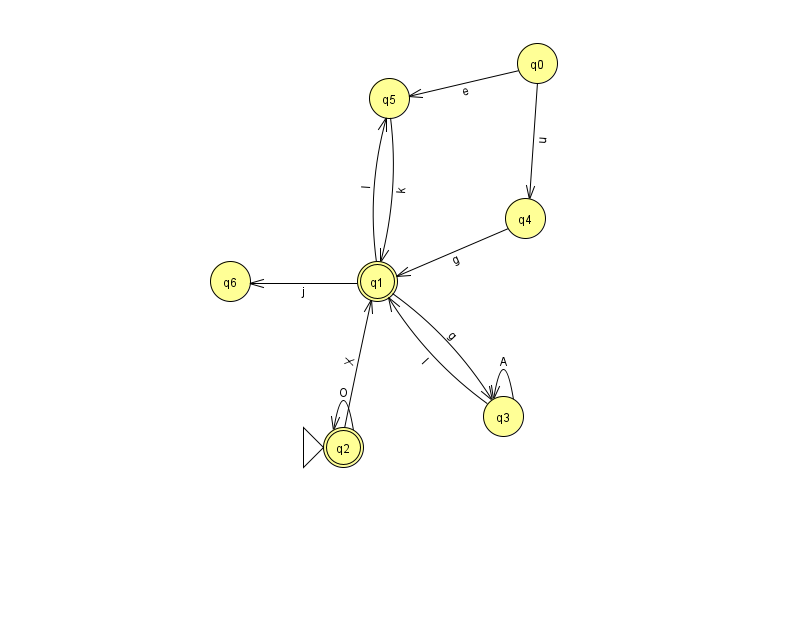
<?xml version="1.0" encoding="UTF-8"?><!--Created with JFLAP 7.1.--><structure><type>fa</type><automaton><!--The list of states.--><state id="0" name="q0"><x>537.0</x><y>50.0</y></state><state id="1" name="q1"><x>377.0</x><y>268.0</y><final/></state><state id="2" name="q2"><x>343.0</x><y>434.0</y><initial/><final/></state><state id="3" name="q3"><x>503.0</x><y>403.0</y></state><state id="4" name="q4"><x>525.0</x><y>205.0</y></state><state id="5" name="q5"><x>389.0</x><y>85.0</y></state><state id="6" name="q6"><x>230.0</x><y>268.0</y></state><!--The list of transitions.--><transition><from>3</from><to>1</to><read>l</read></transition><transition><from>3</from><to>3</to><read>A</read></transition><transition><from>5</from><to>1</to><read>k</read></transition><transition><from>1</from><to>5</to><read>l</read></transition><transition><from>1</from><to>6</to><read>j</read></transition><transition><from>0</from><to>4</to><read>u</read></transition><transition><from>0</from><to>5</to><read>e</read></transition><transition><from>1</from><to>3</to><read>g</read></transition><transition><from>4</from><to>1</to><read>g</read></transition><transition><from>2</from><to>1</to><read>X</read></transition><transition><from>2</from><to>2</to><read>O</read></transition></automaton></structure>